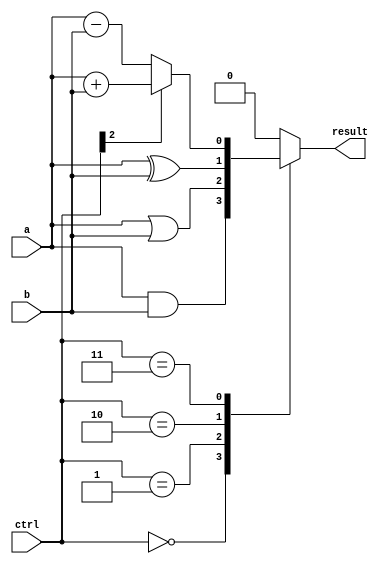
module alu_1bit(input wire a, input wire b, input wire[2:0] ctrl, output wire result);

// Functional blocks
assign and_out = a & b;
assign or_out = a | b;
assign xor_out = a ^ b;
assign add_sub_out = (ctrl[2]) ? (a + b) : (a - b);

// Select the desired output based on control input
always @(*) begin
    case(ctrl)
        3'b000: result = and_out;
        3'b001: result = or_out;
        3'b010: result = xor_out;
        3'b011: result = add_sub_out;
        default: result = 1'b0;
    endcase
end

endmodule